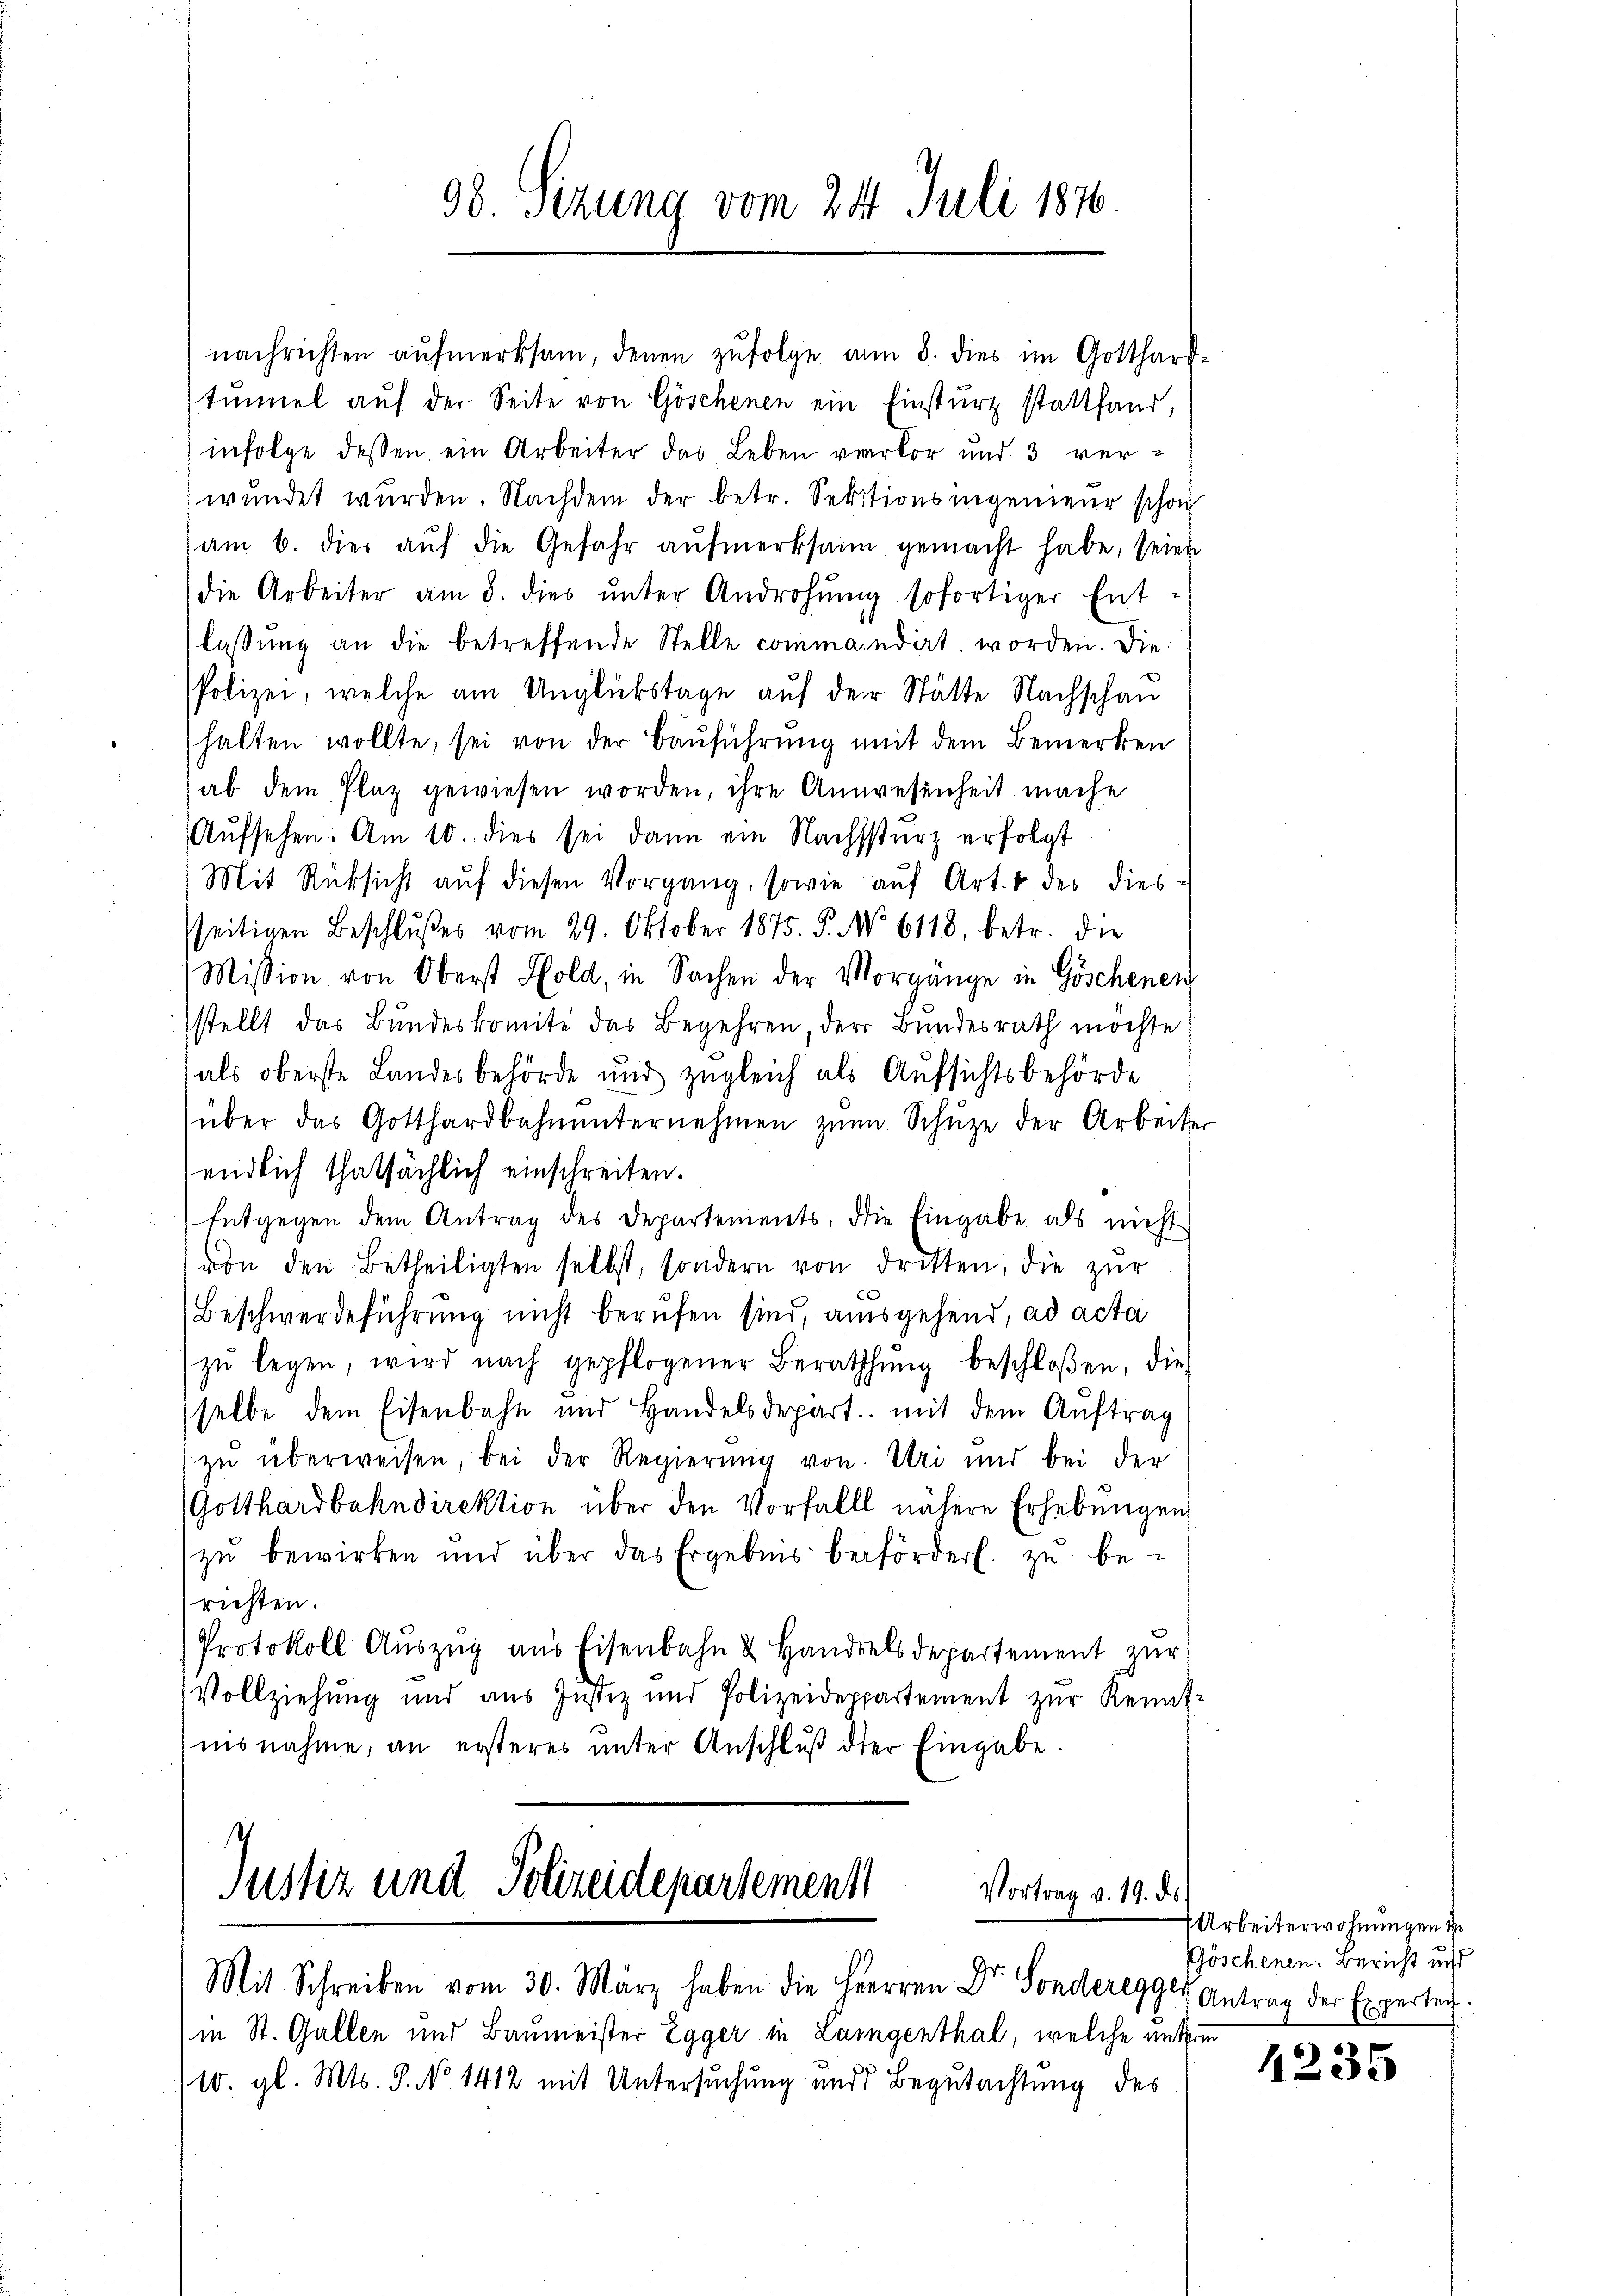
98 Sizung vom 24. Juli 1876.

nachrichten aŭfmerksam, denen zufolge am 8. dies im Gotthard-
tŭmel aŭf der Seite von Göschenen ein Einsturz stattfand,
infolge dessen ein Arbeiter das Leben verlor und 3 verwundet wurden. Nachdem der betr. Sektionsingenieur schon
am 6. dies aŭf die Gefahr aŭfmerksam gemacht habe, seien
die Arbeiter am 8. dies ŭnter Androhŭng sofortiger Ent-
lassung an die betreffende Stelle commandirt worden. Die
Polizei, welche am Unglückstage auf der Stätte Nachschau
halten wollte, sei von der Bauführung mit dem Bemerken
ab dem Plaz gewiesen worden, ihre Anwesenheit mache
Aŭfsehen. Am 10. dies sei dann ein Nachssturz erfolgt
Mit Rücksicht aŭf diesen Vorgang, sowie aŭf Art. 4 des dies-
sseitigen Beschlŭβes vom 29. Oktober 1875. P. No. 6118, betr. die
Mission von Oberst Sold, in Sachen der Vorgänge in Göschenen
stellt das Bundeskomite das Begehren, der Bundesrath möchte
als oberste Landesbehörde und zŭgleich als Aŭfsichtsbehörde
über das Gotthardbahnunternehmen zŭm Schŭze der Arbeiter
endlich thatsächlich einschreiten.
Entgegen dem Antrag des Departements, die Eingabe als nicht
von den Betheiligten selbst, sondern von dritten, die zŭr
Beschwerdeführung nicht berufen sind, ausgehend, ad acta
zŭ legen, wird nach gepflogener Berathŭng beschloßen, die
selbe dem Eisenbahn und Handelsdepart mit dem Auftrag
zŭ überweisen, bei der Regierŭng von Uri und bei der
(Gotthardbahndirektion über den Vorfalls nähere Erhebungen
zŭ bewirken und über das Ergebnis befördert. zŭ be-
richten.
Protokoll Auszug aus Eisenbahn & Handelsdepartement zur
Vollziehung und aus Justiz und Polizeideppartement zur Kenntnisnahme, an ersteres unter Anschluß der Eingabe.

Justiz und Polizeidepartement
Vortrag v. 19. ds.
Mit Schreiben vom 30. März haben die Herren Dr. Sonderegger Antrag der Experten.

in St. Gallen und Baumeister Egger in Laigenthal, welche unterm
10. gl. Mts. S. No 1412 mit Untersuchung und Begutachtung des

Arbeiterwohnungen d
Göschenen. Bericht und

4235